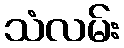
သံလမ်း